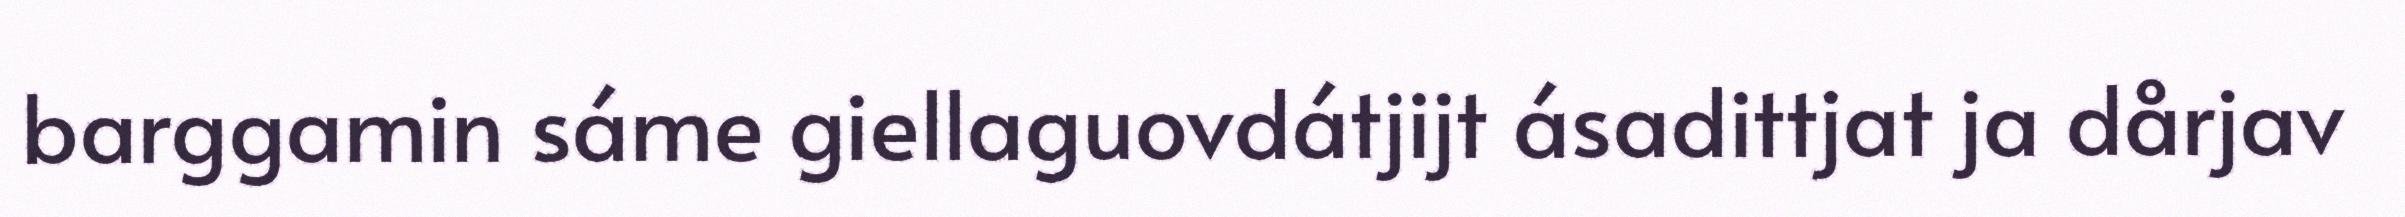
barggamin sáme giellaguovdátjijt ásadittjat ja dårjav